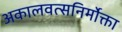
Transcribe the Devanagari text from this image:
अकालवत्सनिर्मोक्ता